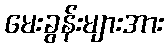
မေးခွန်းများအား